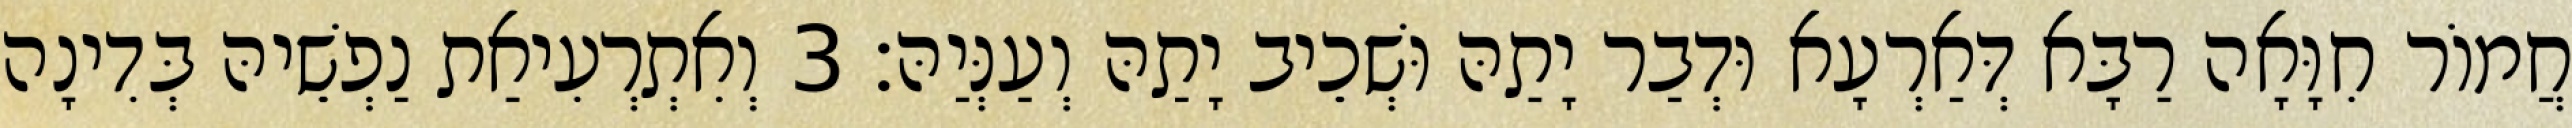
חֲמוֹר חִוָּאָה רַבָּא דְּאַרְעָא וּדְבַר יָתַהּ וּשְׁכֵיב יָתַהּ וְעַנְּיַהּ׃ 3 וְאִתְרְעִיאַת נַפְשֵׁיהּ בְּדִינָה